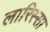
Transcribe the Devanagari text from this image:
लारिस्सा